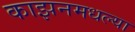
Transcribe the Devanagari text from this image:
काझनमधल्या